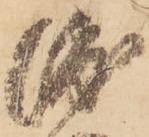
渡